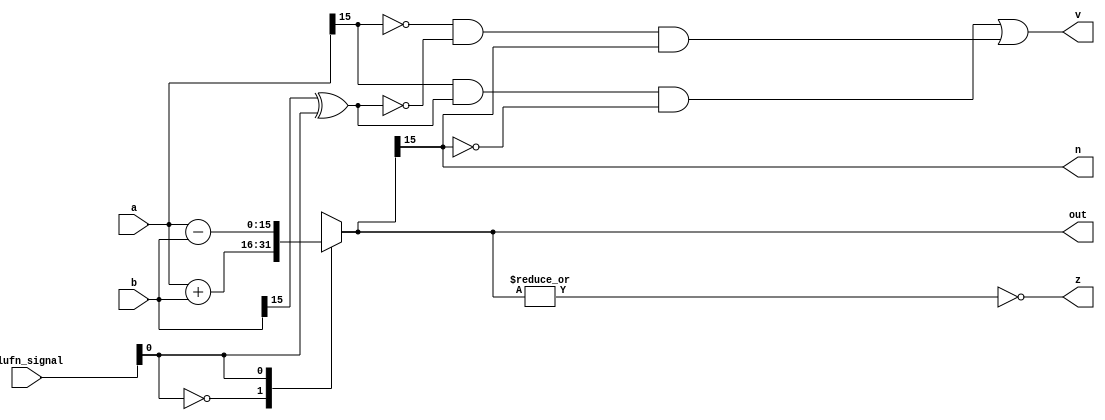
/*
   This file was generated automatically by Alchitry Labs version 1.2.7.
   Do not edit this file directly. Instead edit the original Lucid source.
   This is a temporary file and any changes made to it will be destroyed.
*/

module adder_16 (
    input [15:0] a,
    input [15:0] b,
    input [5:0] alufn_signal,
    output reg [15:0] out,
    output reg [0:0] z,
    output reg [0:0] v,
    output reg [0:0] n
  );
  
  
  
  reg [15:0] s;
  
  always @* begin
    s = 16'h0000;
    
    case (alufn_signal[0+0-:1])
      1'h0: begin
        s = a + b;
      end
      1'h1: begin
        s = a - b;
      end
      default: begin
        s = 16'h0000;
      end
    endcase
    n = s[15+0-:1];
    v = (a[15+0-:1] & (b[15+0-:1] ^ alufn_signal[0+0-:1]) & !s[15+0-:1]) | (!a[15+0-:1] & !(b[15+0-:1] ^ alufn_signal[0+0-:1]) & s[15+0-:1]);
    z = ~(|s);
    out = s;
  end
endmodule